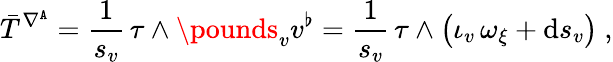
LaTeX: \bar{T}^{\nabla^{\mathtt{A}}}=\frac{1}{s_{v}}\, \tau\wedge\pounds_{v}v^{\flat}=\frac{1}{s_{v}}\, \tau\wedge\big(\iota_{v}\, \omega_{\xi}+\mathrm{d}s_{v}\big)\ ,